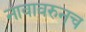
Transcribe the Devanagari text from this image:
नावावरुनच